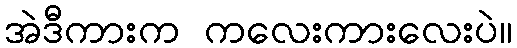
အဲဒီကားက ကလေးကားလေးပဲ။